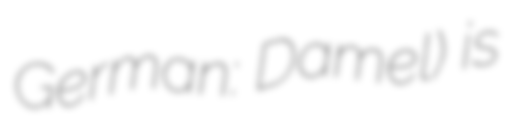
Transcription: German: Damel) is